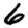
Digit: 6